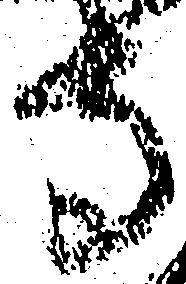
寺